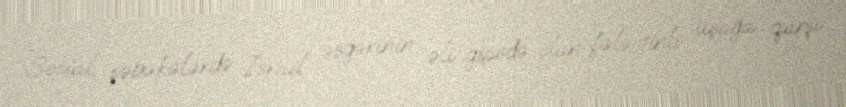
Sosial şəbəkələrdə İsrail əsgərinin əli gipsdə olan fələstinli uşağa qarşı